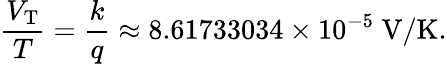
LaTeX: {\frac{V_{\mathrm{T}}}{T}}={\frac{k}{q}}\approx 8.61733034\times 10^{-5}\ \mathrm{V/K}.